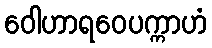
ဝေါဟာရဝေပက္ကာဟံ